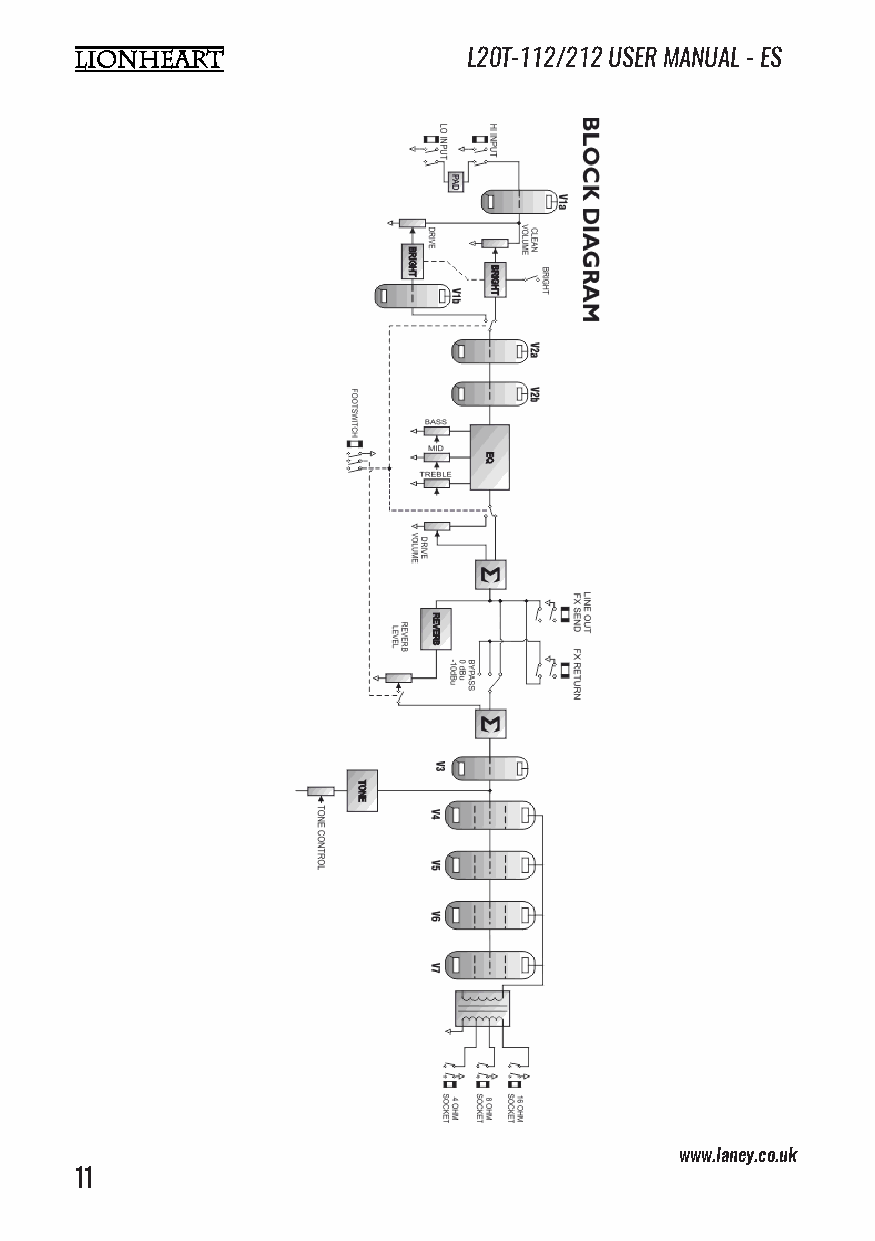
L20T-112/212 USER MANUAL - ES
 www.laney.co.uk                              www.laney.co.uk
 11